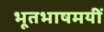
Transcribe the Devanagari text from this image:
भूतभाषमयीं